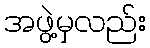
အဖွဲ့မှလည်း